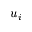
u _ { i }